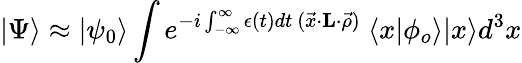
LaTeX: |\Psi\rangle\approx|\psi_{0}\rangle\int e^{-i\int_{-\infty}^{\infty}\epsilon(t)dt{}~(\vec{x}\cdot{\mathbf L}\cdot\vec{\rho})}~\langle x|\phi_{o}\rangle|x\rangle d^{3}x